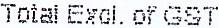
TOTAL EXCL. OF GST